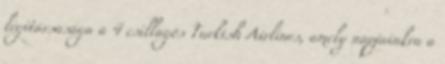
légitársasága a 4 csillagos Turkish Airlines, amely napjainkra a